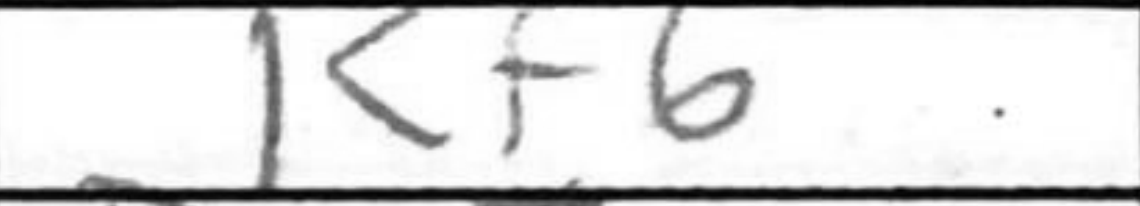
Transcription: Kf6